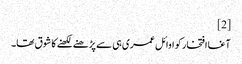
[2]
آغا افتخار کو اوائل عمری ہی سے پڑھنے لکھنے کا شوق تھا۔